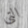
التي